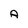
Character: A